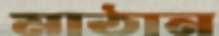
মাঠান